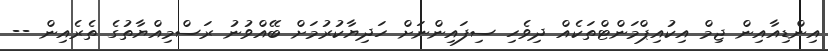
އިންޑިއާއިން ޖިމް އިކުއިޕްމަންޓްތަކެއް ދިވެހި ސިފައިންނަށް ހަދިޔާކުރުމަށް ބޭއްވުނު ރަސްމިއްޔާތުގެ ތެރެއިން --